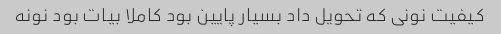
کیفیت نونی که تحویل داد بسیار پایین بود کاملا بیات بود نونه